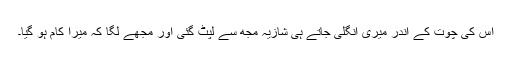
اس کی چوت کے اندر میری انگلی جاتے ہی شازیہ مجھ سے لپٹ گئی اور مجھے لگا کہ میرا کام ہو گیا۔